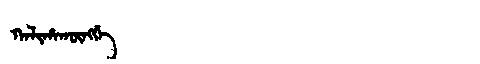
Manchu: ᡴᠠᠯᡳᡥᠠᡴᡡᠩᡤᡝ
Romanization: KALIHAKŪNGGE